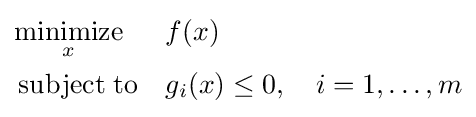
{\begin{aligned}&{\underset {x}{\operatorname {minimize} }}&&f(x)\\&\operatorname {subject\;to} &&g_{i}(x)\leq 0,\quad i=1,\dots ,m\end{aligned}}